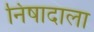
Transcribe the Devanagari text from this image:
निषादाला